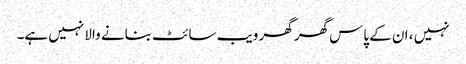
نہیں ، ان کے پاس گھر گھر ویب سائٹ بنانے والا نہیں ہے۔